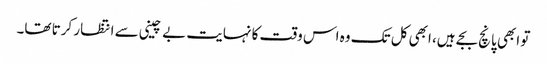
تو ابھی پانچ بجے ہیں، ابھی کل تک وہ اس وقت کا نہایت بے چینی سے انتظار کرتا تھا۔